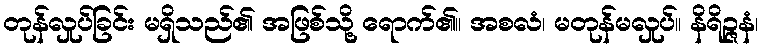
တုန်လှုပ်ခြင်း မရှိသည်၏ အဖြစ်သို့ ရောက်၏။ အစလံ၊ မတုန်မလှုပ်။ နိရိဉ္ဇနံ၊